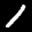
Digit: 1